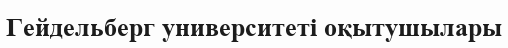
Гейдельберг университеті оқытушылары